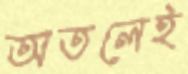
অতলেই